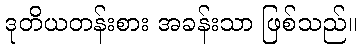
ဒုတိယတန်းစား အခန်းသာ ဖြစ်သည်။